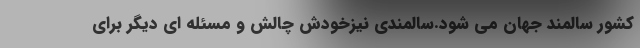
کشور سالمند جهان می شود.سالمندی نیزخودش چالش و مسئله ای دیگر برای